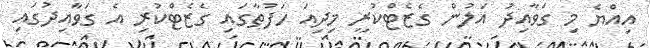
އިއްޔެ މި ގަވާއިދު އަލުން ގެޒެޓްކުރީ މިދިއަ ހަފުތާގައި ގެޒެޓްކުރި އެ ގަވާއިދުގައި